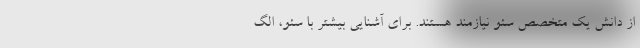
از دانش یک متخصص سئو نیازمند هستند. برای آشنایی بیشتر با سئو، الگ